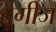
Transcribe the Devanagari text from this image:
बूगीज